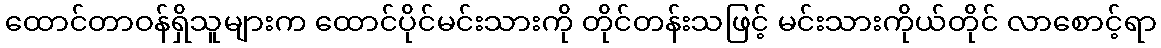
ထောင်တာဝန်ရှိသူများက ထောင်ပိုင်မင်းသားကို တိုင်တန်းသဖြင့် မင်းသားကိုယ်တိုင် လာစောင့်ရာ